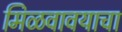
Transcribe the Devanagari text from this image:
मिळवावयाचा